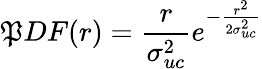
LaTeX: \mathfrak{P}DF(r)=\frac{{r}}{{\sigma_{uc}^{2}}}e^{-\frac{{r^{2}}}{{2\sigma_{uc}^{2}}}}